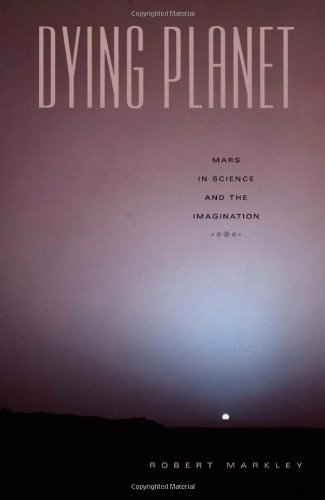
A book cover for Dying Planet: Mars in Science and the Imagination; Robert Markley; Science Fiction & Fantasy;